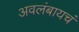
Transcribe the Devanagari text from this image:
अवलंबायचं